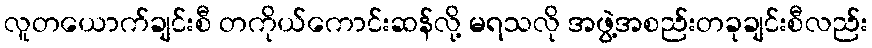
လူတယောက်ချင်းစီ တကိုယ်ကောင်းဆန်လို့ မရသလို အဖွဲ့အစည်းတခုချင်းစီလည်း